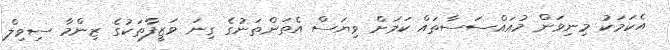
އެކަމަކު މިނިވަން މުއައްސަސާތައް ކަމަށް ވިޔަސް އެތަންތަނުގެ ގިނަ ވަޒީފާތަކުގެ ޒިންމާ ސިވިލް